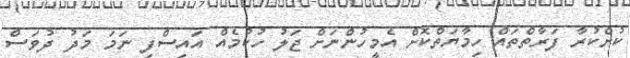
ކުށްކުރާ ފަރާތްތައް ހިމާޔަތްކޮށް އެމީހުންނަށް ޖަލު ހުކުމެއް އައިސްފި ނަމަ މަދު ދުވަސް